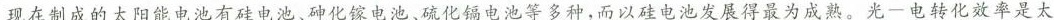
现在制成的太阳能电池有硅电池、砷化镓电池、硫化镉电池等多种，而以硅电池发展得最为成熟。光—电转化效率是太